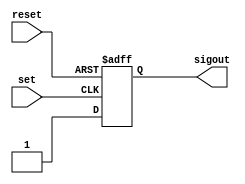
`timescale 1ns / 1ps

//IRQ flipflop
module FF(input set, input reset, output reg sigout = 1'b0);
	 
    always @(posedge set, posedge reset) begin
	     if(reset)
		      sigout <= 1'b0;		  
		  else
		      sigout <= 1'b1;	
	 end

endmodule